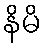
နိမိ